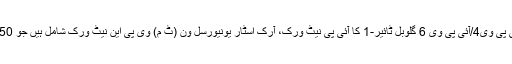
ان پیشکشوں کو ادارے کے عالمی بنیادی ڈھانچے کی مدد حاصل ہے جس میں آئی پی وی4/آئی پی وی 6 گلوبل ٹائیر-1 کا آئی پی نیٹ ورک، آرک اسٹار یونیورسل ون (ٹ م) وی پی این نیٹ ورک شامل ہیں جو 150 سے زائد ممالک اور 120 سے زائد محفوظ ڈیٹا سینٹرز تک رسائی رکھتا ہے۔